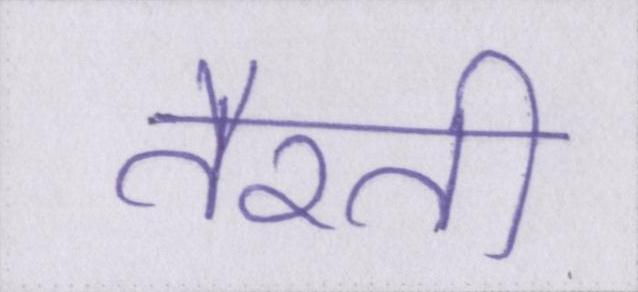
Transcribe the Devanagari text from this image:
तैरती